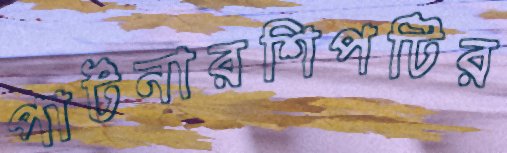
পার্টনারশিপটির